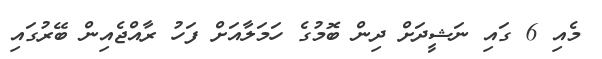
މެއި 6 ގައި ނަޝީދަށް ދިން ބޮމުގެ ހަމަލާއަށް ފަހު ރާއްޖެއިން ބޭރުގައި